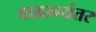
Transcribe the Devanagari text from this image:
बाह्याभ्यंतर